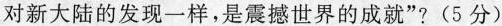
对新大陆的发现一样，是震撼世界的成就”?(5分)